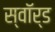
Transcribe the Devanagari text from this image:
स्‍वॉर्ड